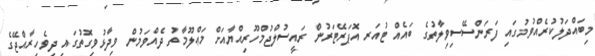
މިބައްދަލުކުރެއްވުމުގައި ފަރަންސޭސިވިލާތުގެ ބައެއް ޓުއަރ އޮޕަރޭޓަރުން ރައީސުލްޖުމްހޫރިއްޔާއަށް މަޢްލޫމާތު ދެއްވަމުން ވިދާޅުވިގޮތުގައި ދިވެހިރާއްޖޭގެ